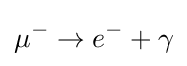
\mu ^{-}\to e^{-}+\gamma